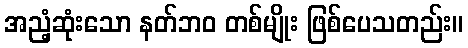
အညံ့ဆုံးသော နတ်ဘဝ တစ်မျိုး ဖြစ်ပေသတည်း။